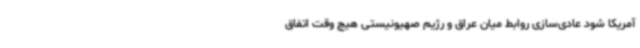
آمریکا شود عادی‌سازی روابط میان عراق و رژیم صهیونیستی هیچ وقت اتفاق